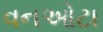
વનઓટા